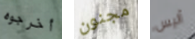
أخرجوه مجنون أليس